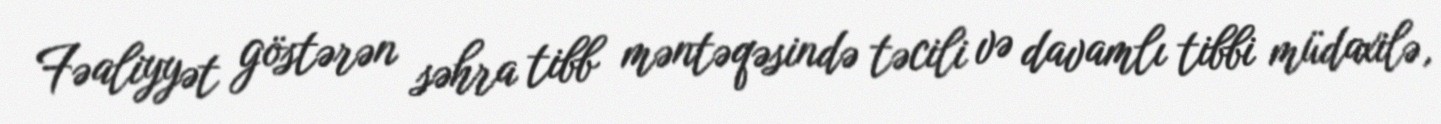
Fəaliyyət göstərən səhra tibb məntəqəsində təcili və davamlı tibbi müdaxilə,